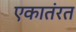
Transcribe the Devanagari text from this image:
एकातंरत